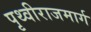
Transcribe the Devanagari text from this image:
पृथ्वीराजमार्ग